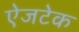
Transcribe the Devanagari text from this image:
ऐजटेक